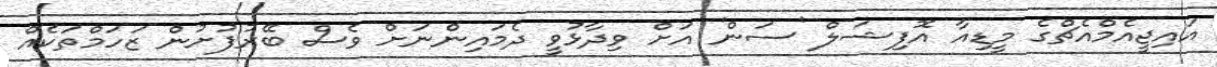
އައިޖީއެމްއެޗްގެ މީޑިއާ އޮފިޝަލް 'ސަން' އަށް ވިދާޅުވީ ދެމައިންނަށް ވެސް ބޭރުފުށުން ޒަހަމްތަކެއް